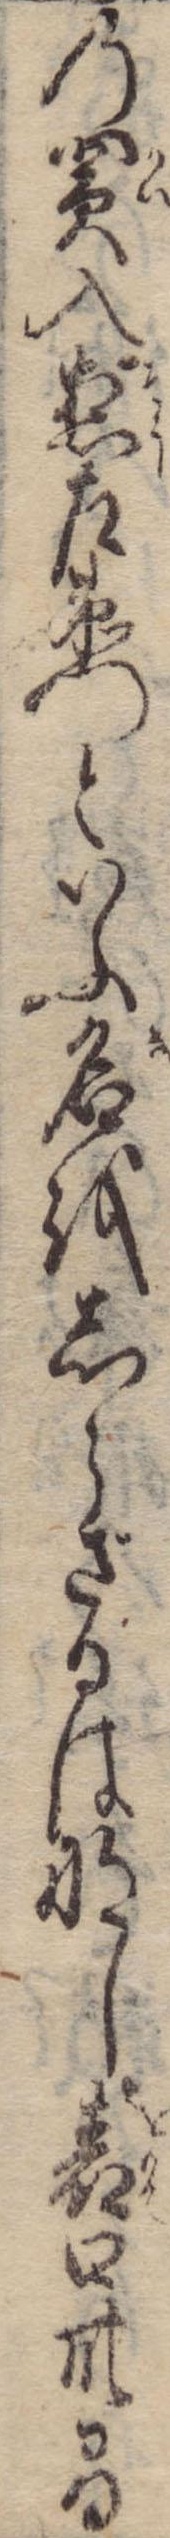
の買入惣左衛門といふ名をしらざるはなし表口卅間